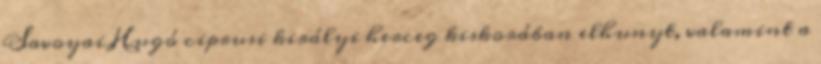
Savoyai Hugó ciprusi királyi herceg kiskorában elhunyt, valamint a